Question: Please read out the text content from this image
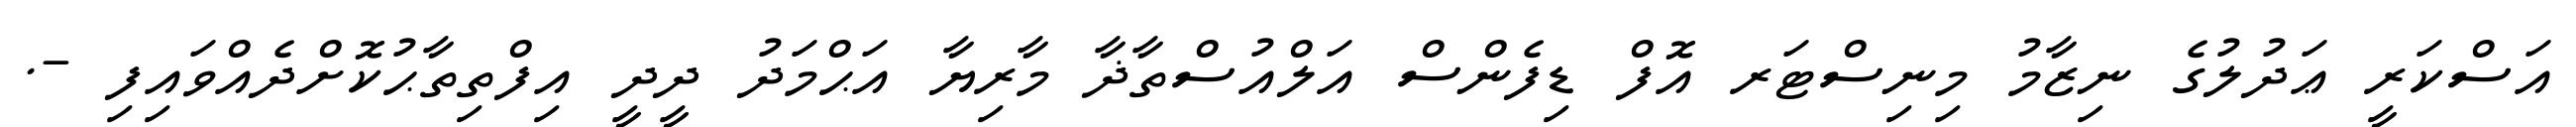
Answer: އަސްކަރީ ޢަދުލުގެ ނިޒާމު މިނިސްޓަރ އޮފް ޑިފެންސް އަލްއުސްތާޛާ މާރިޔާ އަޙްމަދު ދީދީ އިފްތިތާޙުކޮށްދެއްވައިފި -.